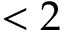
< 2